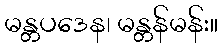
မန္တပဒေန၊ မန္တန်မန်း။